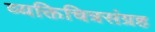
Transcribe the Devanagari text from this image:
व्यक्तिचित्रसंग्रह